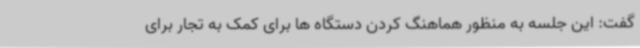
گفت: این جلسه به منظور هماهنگ کردن دستگاه ها برای کمک به تجار برای